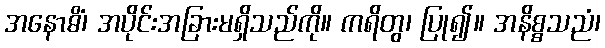
အနောဓိံ၊ အပိုင်းအခြားမရှိသည်ကို။ ကရိတွ၊ ပြု၍။ အနိစ္စသညံ၊